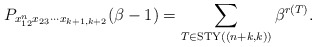
\begin{gather*} P_{x_{12}^{n} x_{23} \cdots x_{k+1,k+2}}(\beta -1) = \sum_{ T \in {\rm STY}((n+k,k))} \beta^{r(T)}.\end{gather*}